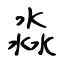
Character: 淼